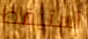
استيقظ